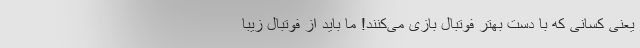
یعنی کسانی که با دست بهتر فوتبال بازی می‌کنند! ما باید از فوتبال زیبا